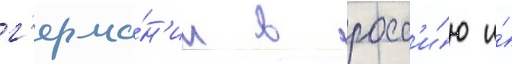
г'ерма́н'ии в росс'и́ю и́